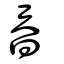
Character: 昋